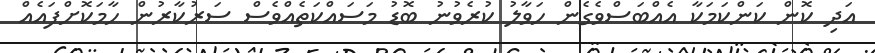
އަދި ކޮން ކަންކަމަކާ އެއްބަސްވެގެން ހަވާލު ކުރެވުނު ބޮޑު މަސައްކަތެއްވެސް ސަރުކާރުން ހާމަކޮށްފައެއް